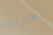
الطازجة